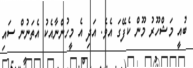
ބުއީ މަޝްހޫރު މޫން ކެފޭގަ އެވެ. އަދި އެ މީހުންނާއެކު އެތަނުން ސައި